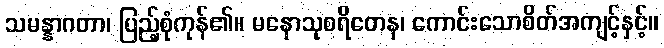
သမန္နာဂတာ၊ ပြည့်စုံကုန်၏။ မနောသုစရိတေန၊ ကောင်းသောစိတ်အကျင့်နှင့်။